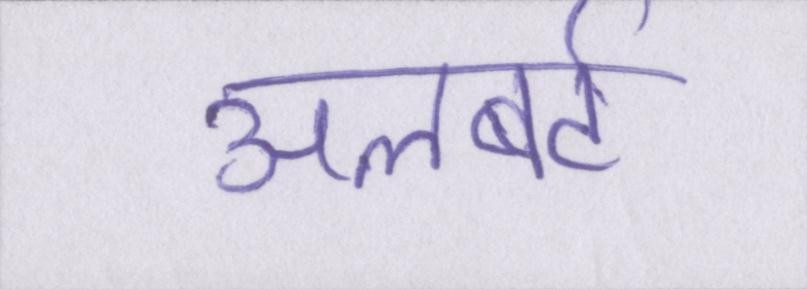
अलबर्ट